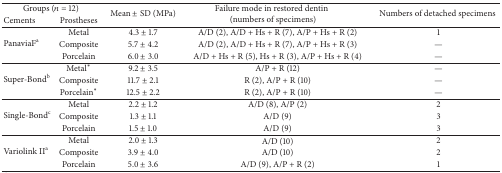
| <COLSPAN=2> Groups (n = 12) | <ROWSPAN=2> Mean ± SD (MPa) | <ROWSPAN=2> Failure mode in restored dentin (numbers of specimens) | <ROWSPAN=2> Numbers of detached specimens |
 | Cements | Prostheses |
 | --- | --- | --- | --- | --- |
 | <ROWSPAN=3> PanaviaFa | Metal | 4.3 ± 1.7 | A/D (2), A/D + Hs + R (7), A/P + Hs + R (2) | 1 |
 | Composite | 5.7 ± 4.2 | A/D (2), A/D + Hs + R (7), A/P + Hs + R (3) | — |
 | Porcelain | 6.0 ± 3.0 | A/D + Hs + R (5), Hs + R (3), A/P + Hs + R (4) | — |
 | <ROWSPAN=3> Super-Bondb | Metal* | 9.2 ± 3.5 | A/P + R (12) | — |
 | Composite | 11.7 ± 2.1 | R (2), A/P + R (10) | — |
 | Porcelain* | 12.5 ± 2.2 | R (2), A/P + R (10) | — |
 | <ROWSPAN=3> Single-Bondc | Metal | 2.2 ± 1.2 | A/D (8), A/P (2) | 2 |
 | Composite | 1.3 ± 1.1 | A/D (9) | 3 |
 | Porcelain | 1.5 ± 1.0 | A/D (9) | 3 |
 | <ROWSPAN=3> Variolink IIa | Metal | 2.0 ± 1.3 | A/D (10) | 2 |
 | Composite | 3.9 ± 4.0 | A/D (10) | 2 |
 | Porcelain | 5.0 ± 3.6 | A/D (9), A/P + R (2) | 1 |